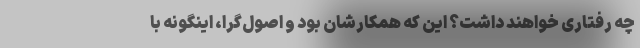
چه رفتاری خواهند داشت؟ این که همکارشان بود و اصول‌گرا، اینگونه با